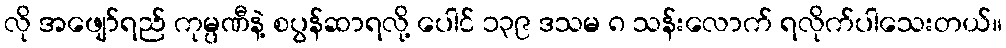
လို အဖျော်ရည် ကုမ္ပဏီနဲ့ စပွန်ဆာရလို့ ပေါင် ၁၃၉ ဒသမ ၈ သန်းလောက် ရလိုက်ပါသေးတယ်။